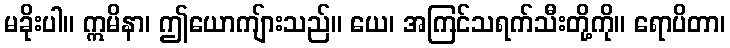
မခိုးပါ။ ဣမိနာ၊ ဤယောကျ်ားသည်။ ယေ၊ အကြင်သရက်သီးတို့ကို။ ရောပိတာ၊